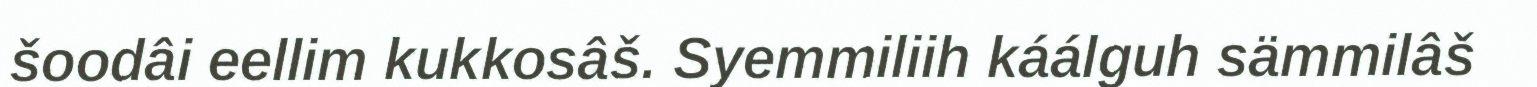
šoodâi eellim kukkosâš. Syemmiliih káálguh sämmilâš